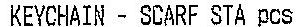
KEYCHAIN - SCARF STA PCS